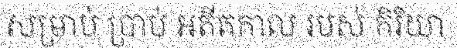
សម្រាប់ ប្រាប់ អតីតកាល របស់ កិរិយា